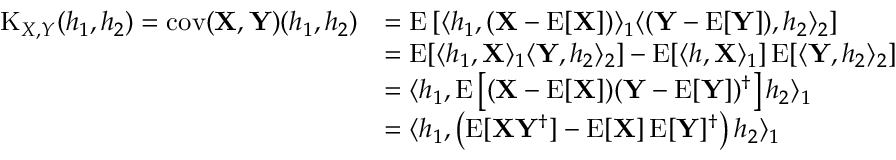
{ \begin{array} { r l } { \operatorname { K } _ { X , Y } ( h _ { 1 } , h _ { 2 } ) = \operatorname { c o v } ( \mathbf { X } , \mathbf { Y } ) ( h _ { 1 } , h _ { 2 } ) } & { = \operatorname { E } \left[ \langle h _ { 1 } , ( \mathbf { X } - \operatorname { E } [ \mathbf { X } ] ) \rangle _ { 1 } \langle ( \mathbf { Y } - \operatorname { E } [ \mathbf { Y } ] ) , h _ { 2 } \rangle _ { 2 } \right] } \\ & { = \operatorname { E } [ \langle h _ { 1 } , \mathbf { X } \rangle _ { 1 } \langle \mathbf { Y } , h _ { 2 } \rangle _ { 2 } ] - \operatorname { E } [ \langle h , \mathbf { X } \rangle _ { 1 } ] \operatorname { E } [ \langle \mathbf { Y } , h _ { 2 } \rangle _ { 2 } ] } \\ & { = \langle h _ { 1 } , \operatorname { E } \left[ ( \mathbf { X } - \operatorname { E } [ \mathbf { X } ] ) ( \mathbf { Y } - \operatorname { E } [ \mathbf { Y } ] ) ^ { \dagger } \right] h _ { 2 } \rangle _ { 1 } } \\ & { = \langle h _ { 1 } , \left( \operatorname { E } [ \mathbf { X } \mathbf { Y } ^ { \dagger } ] - \operatorname { E } [ \mathbf { X } ] \operatorname { E } [ \mathbf { Y } ] ^ { \dagger } \right) h _ { 2 } \rangle _ { 1 } } \end{array} }